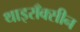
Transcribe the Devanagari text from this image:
थाइराँक्सीन